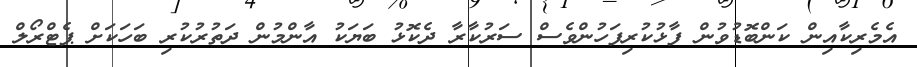
އެމެރިކާއިން ކަންބޮޑުވުން ފާޅުކުރިފަހުންވެސް ސަރުކާރާ ދެކޮޅު ބަޔަކު އާންމުން ދަތުރުކުރި ބަހަކަށް ޕެޓްރޯލް